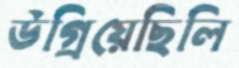
উগ্‌রিয়েছিলি